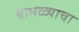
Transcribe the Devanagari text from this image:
बाभळ्याचा